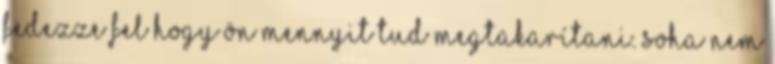
Fedezze fel hogy Ön mennyit tud megtakarítani. Soha nem